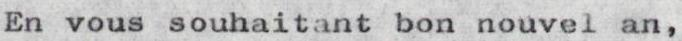
En vous souhaitant bon nouvel an,